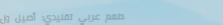
مطعم عربي تقليدي: أصيل ول